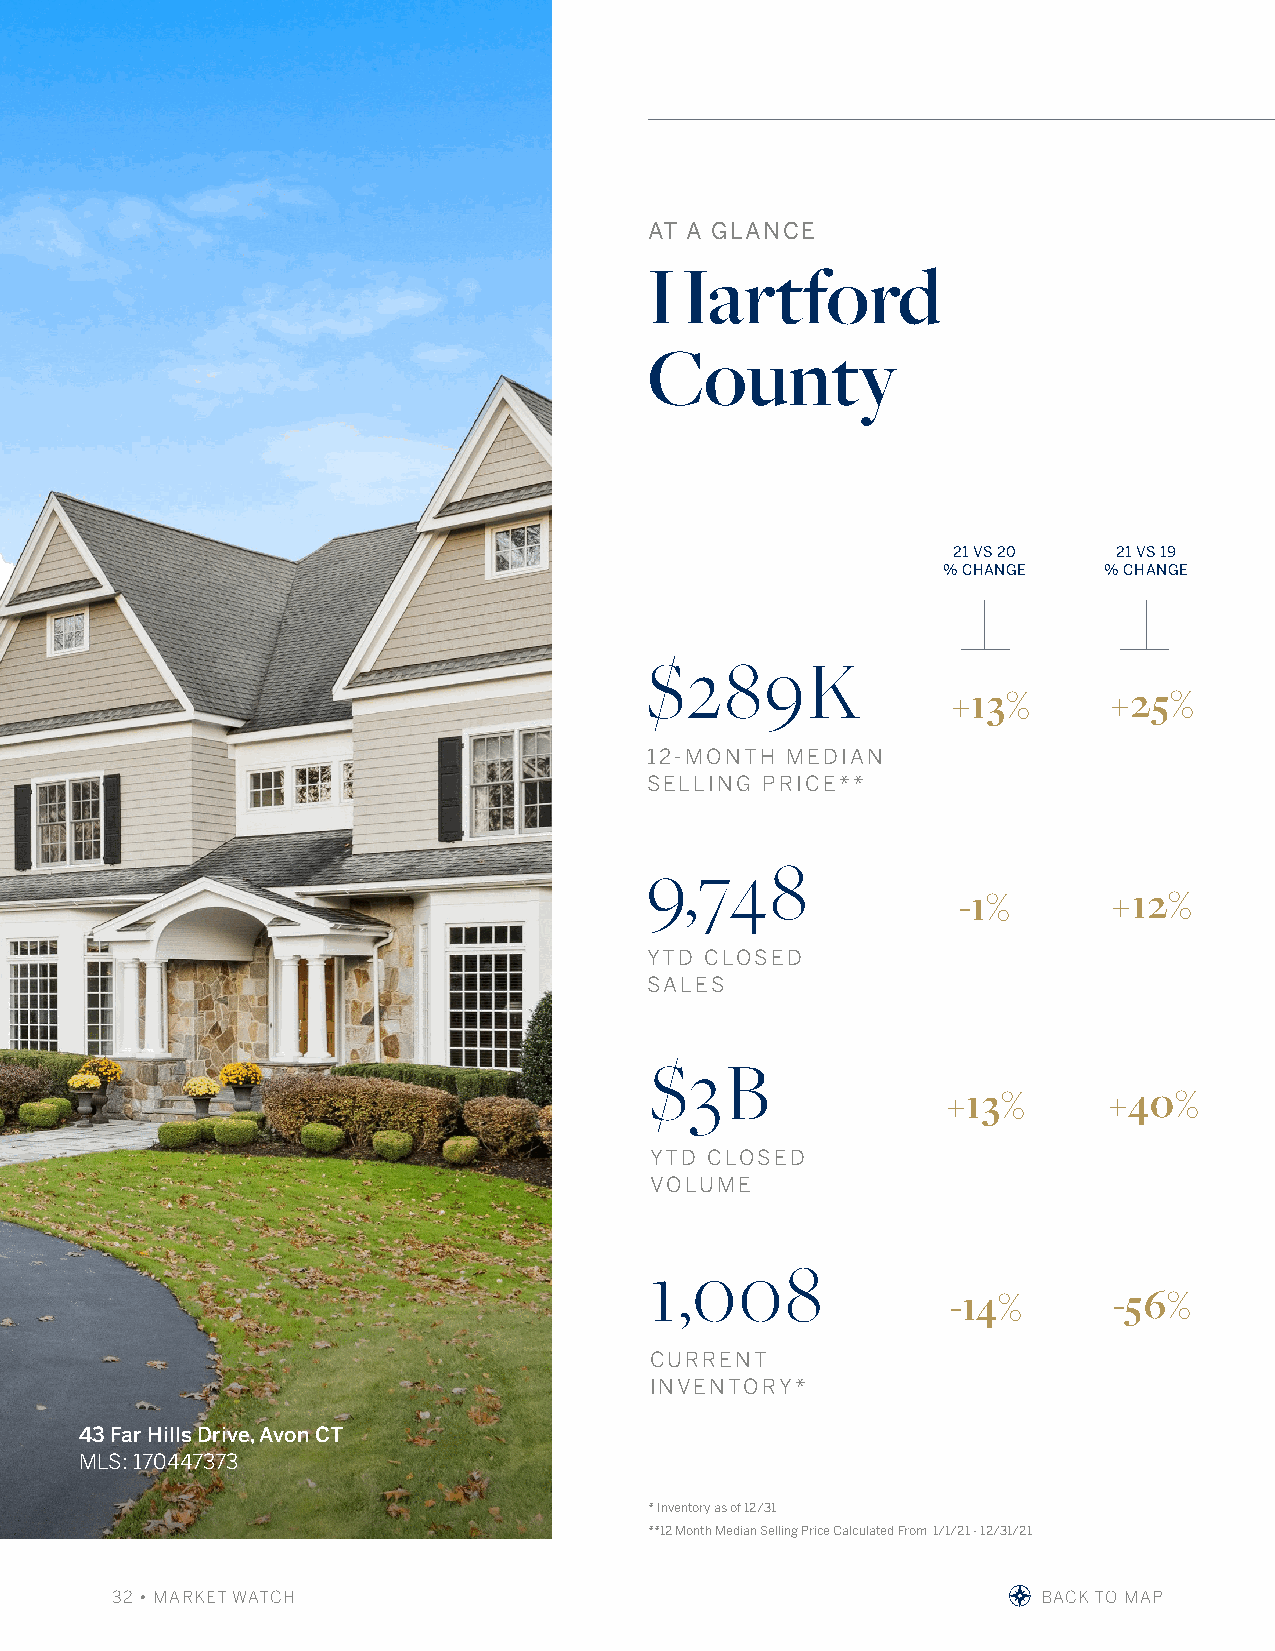
AT A GLANCE
 Hartford
 County
 21 VS 20   21 VS 19
 % CHANGE   % CHANGE
 $289K
 +13%       +25%
 12-MONTH MEDIAN
 SELLING PRICE**
 9,748
 -1%        +12%
 YTD CLOSED
 SALES
 $3B
 +13%      +40%
 YTD CLOSED
 VOLUME
 1,008
 -14%       -56%
 CURRENT
 INVENTORY*
 43 Far Hills Drive, Avon CT
 MLS: 170447373
 * Inventory as of 12/31
 **12 Month Median Selling Price Calculated From 1/1/21 - 12/31/21
 32 • MARKET WATCH                                             BACK TO MAP                   BBRROOWWSSEE MMLLSS LLIISSTTIINNGGSS AANNDD LLEEAARRNN MMOORREE AABBOOUUTT TTHHEE MMAARRKKEETT AATT wwiilllliiaammppiitttt..ccoomm AANNDD jjuulliiaabbffeeee..ccoomm